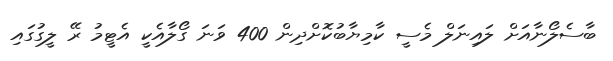
ބާސެލޯނާއަށް ލައިނަލް މެސީ ކާމިޔާބުކޮށްދިން 400 ވަނަ ގޯލާއެކީ އެޓީމު ރޭ ލީގުގައި